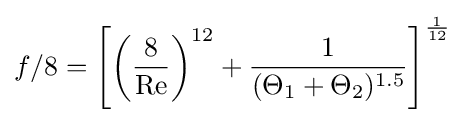
f/8=\left[\left({\frac {8}{\mathrm {Re} }}\right)^{12}+{\frac {1}{(\Theta _{1}+\Theta _{2})^{1.5}}}\right]^{\frac {1}{12}}